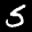
Label: 5